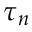
\tau _ { n }